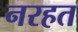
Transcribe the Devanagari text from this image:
नरहत